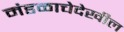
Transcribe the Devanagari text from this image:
मंडळाचेदेखील